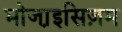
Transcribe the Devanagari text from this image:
मोजा़इसिज़म